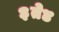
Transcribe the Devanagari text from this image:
३ते४